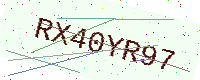
Text: RX40YR97